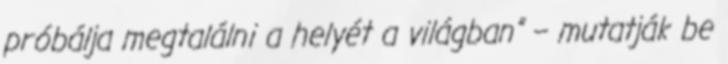
próbálja megtalálni a helyét a világban” – mutatják be